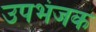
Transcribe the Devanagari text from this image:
उपभंजक